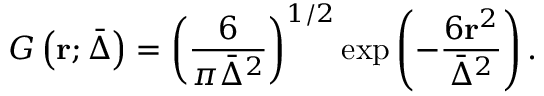
G \left( \mathbf { r } ; \bar { \Delta } \right) = { { \left( \frac { 6 } { \pi { { \bar { \Delta } } ^ { 2 } } } \right) } ^ { 1 / 2 } } \exp \left( - \frac { 6 { { \mathbf { r } } ^ { 2 } } } { { { \bar { \Delta } } ^ { 2 } } } \right) .